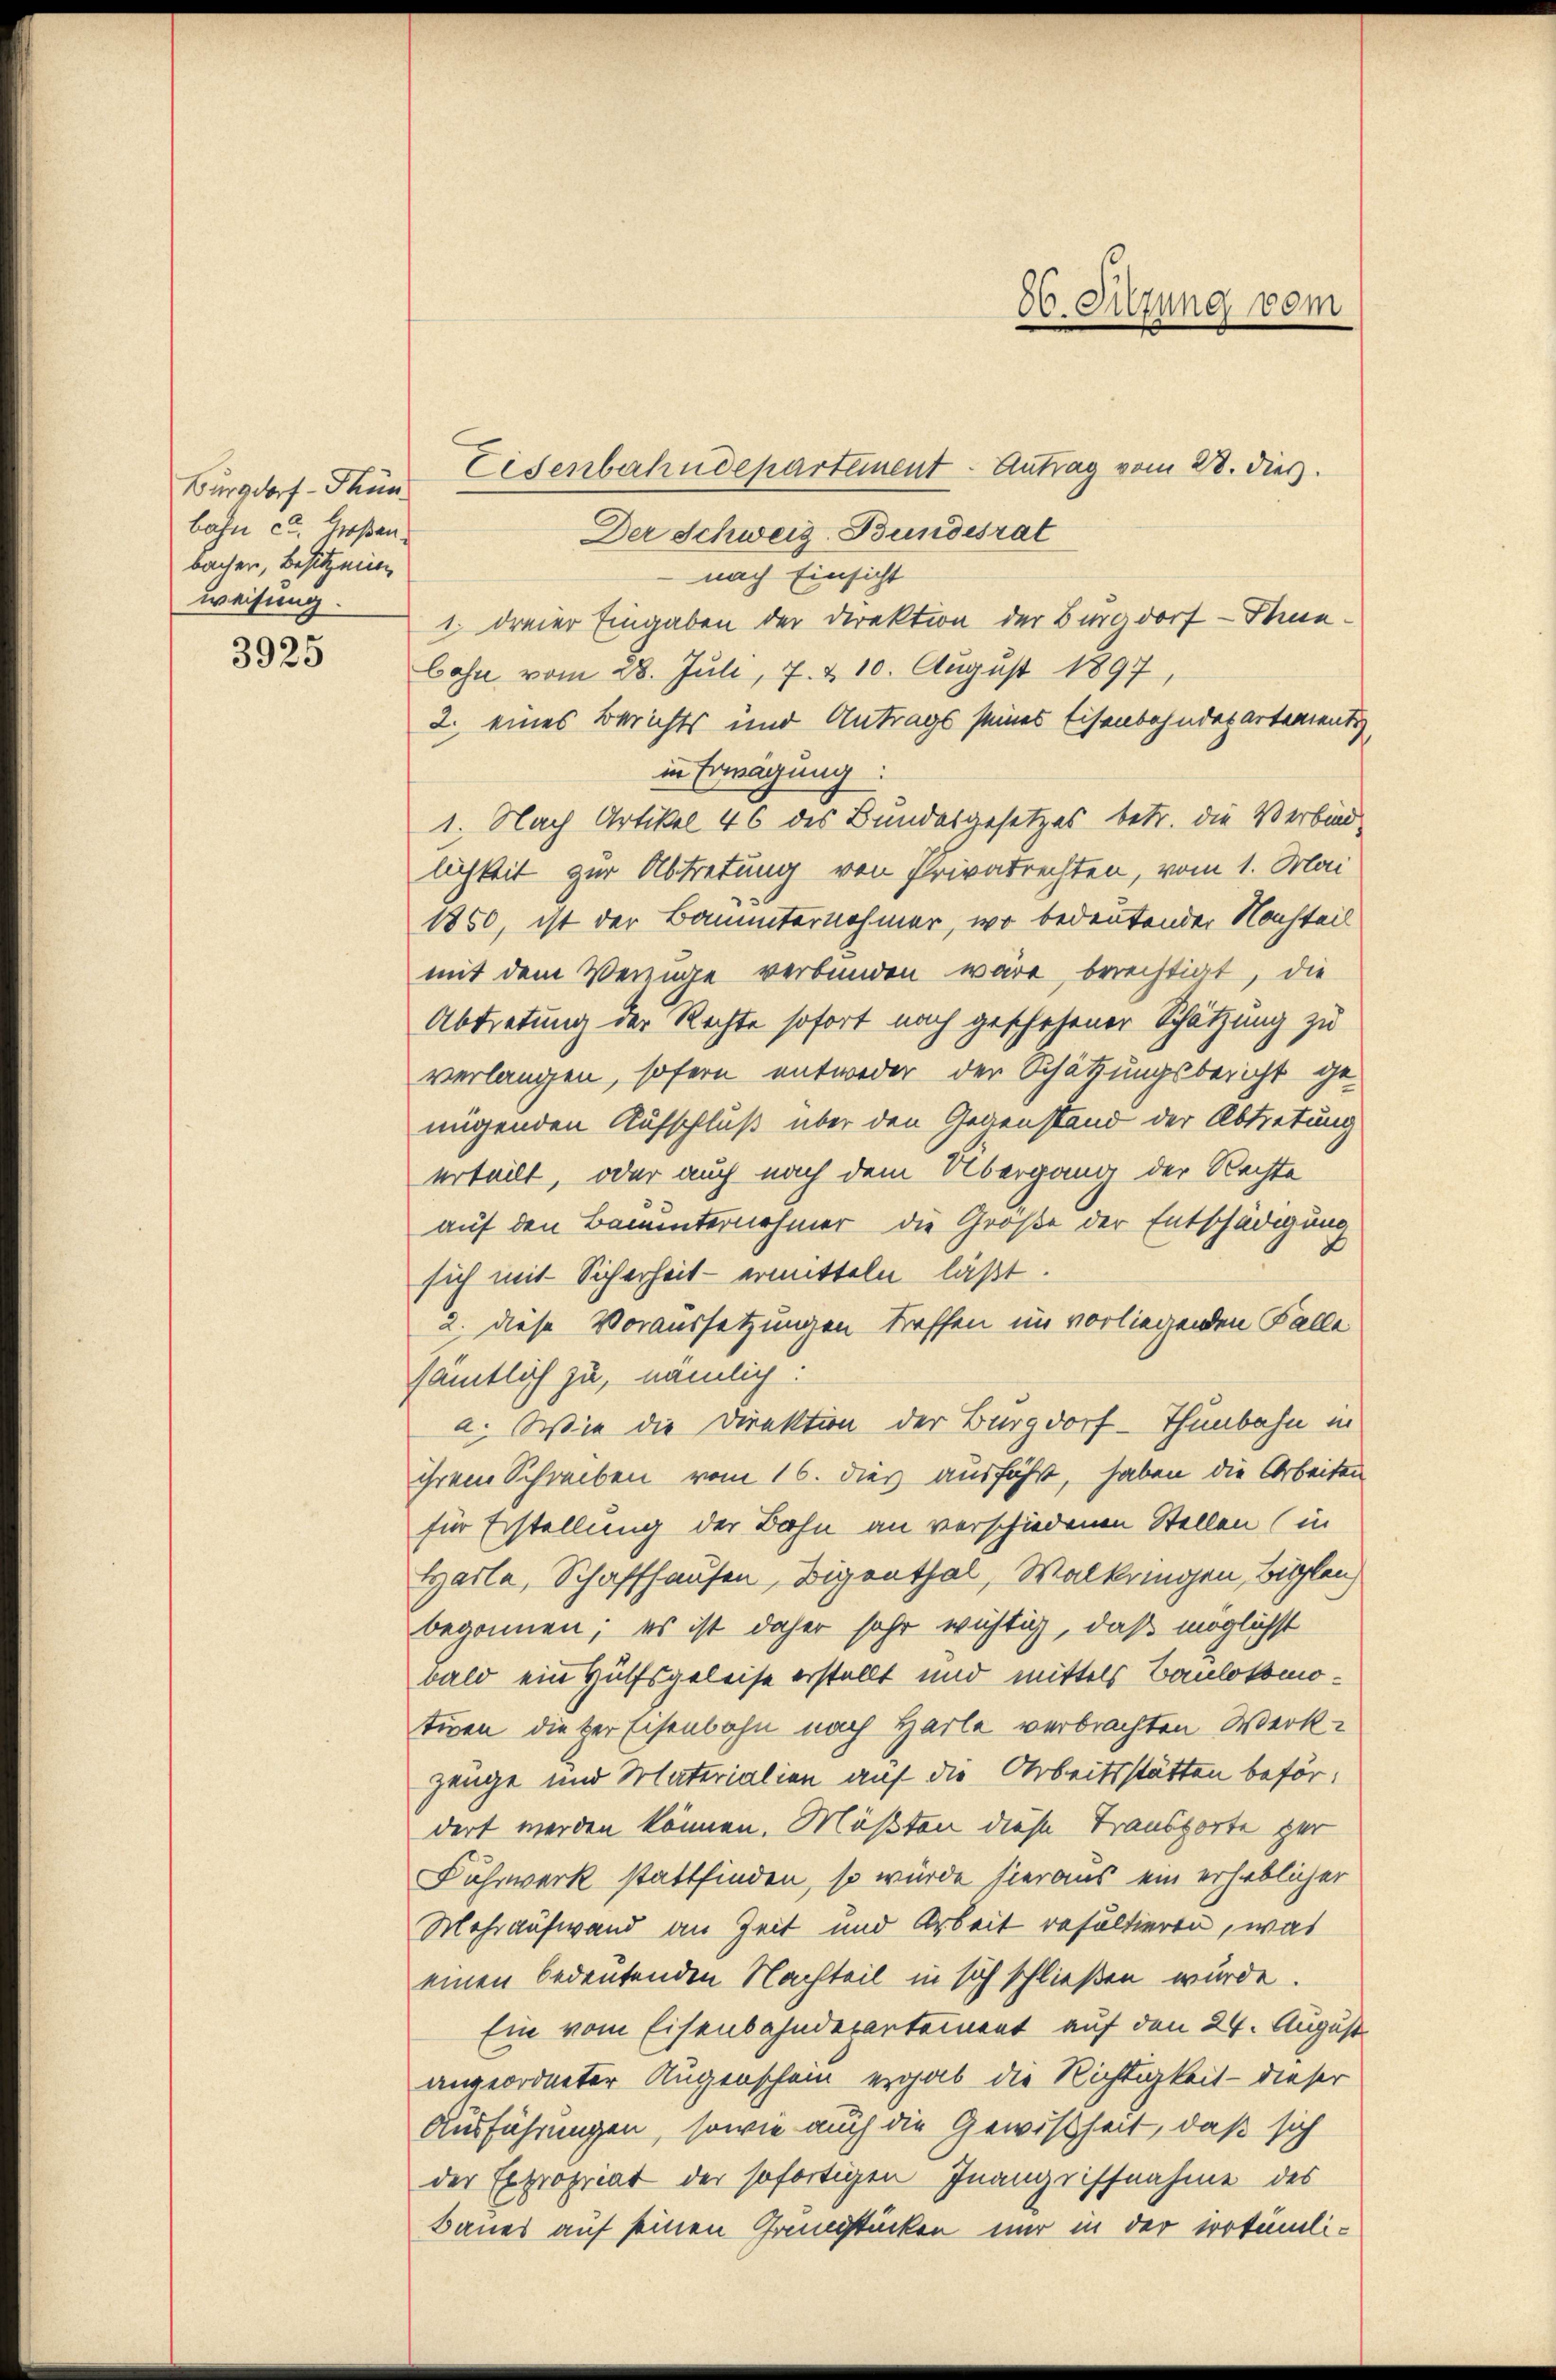
Burgdorf - Thun
bahn et. Großen:
bachen, besitzenen
weisung.

3925

Eisenbahndepartement - Antrag vom 28. Dies
Der Schweiz. Bundesrat
nach Einsicht
1. dreier Eingaben der Direktion der Burgdorf - Inn¬
Cohn vom 28. Juli, 7. & 10. August 1897,
2. eines Berichts und Antrags seines Eisenbahndepartement,
in Erwägung:
1. Nach Artikel 46 des Bundesgesetzes betr. die Verbind-
lichkeit zur Abtretung von Privatrechten, vom 1. Mai
1850, ist der Bauunternehmer, wo bedeutender Nachteil
mit dem Verzüge verbunden wäre, berechtigt, die
Abtretung der Rechte sofort noch geschehener Schätzung zu
verlangen, sofern entweder der Schätzungsbericht genügenden Aufschluß über den Gegenstand der Abtretung
erteilt, oder auch nach dem Übergang der Rechte
auf den Bauinternehmer die Große der Entschädigung
sich mit Sicherheit - ermitteln läßt.
2. diese Voraussetzungen treffen im vorliegenden Falle
sämtlich zu, nämlich:
a. Wie die Direktion der Burgdorf - Thunbahn in
ihrem Schreiben vom 16. dies ausführt, haben die Arbeiten
für Erstellung der Bahn an verschiedenen Stellen (in
Harte, Schaffhausen, Digenthal, Walkringen, Billen,
begonnen; es ist daher sehr wichtig, daß möglichst
bald ein Hülfsgeleise erstellt und mittels Baulokomotiven dieser Eisenbahn nach Harle verbrachten Werkzeuge und Materialien auf die Arbeitsstätten befördert werden können. Müßten diese Transporte gar
Fuhrwerk stattfinden, so würde hieraus ein erheblicher
Mehraufwand an Zeit und Arbeit resultieren, was
einen bedeutenden Nachteil in sich schließen würde.
Ein vom Eisenbahndepartement auf den 24. August
angeordneter Augenschein ergab die Richtigkeit - dieser
Ausführungen, sowie auch die Gewißheit, daß sich
der Expropriat der sofortigen Inangriffnahme des
Baues auf seinen Grundstücken nur in der vertümli¬

86. Sitzung vom